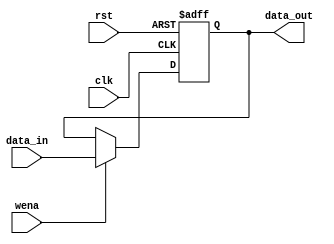
`timescale 1ns / 1ps
//////////////////////////////////////////////////////////////////////////////////
// Company: 
// Engineer: 
// 
// Design Name: 
// Module Name: Reg
// Project Name: 
// Target Devices: 
// Tool Versions: 
// Description: 
// 
// Dependencies: 
// 
// Revision:
// Revision 0.01 - File Created
// Additional Comments:
// 
//////////////////////////////////////////////////////////////////////////////////


module Reg(
    input clk,
    input rst,//high level set zero
    input wena,//high level getin
    input [31:0] data_in,
    output reg [31:0] data_out
    );    
    //initial data_out<=32'h0000_0000;
    always @ (posedge clk or posedge rst)begin
        if (rst)
            data_out <= 0;
        else if (wena)
            data_out <= data_in;
        else
            data_out <= data_out;
     end
   
endmodule